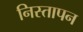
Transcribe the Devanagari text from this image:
निस्तापन